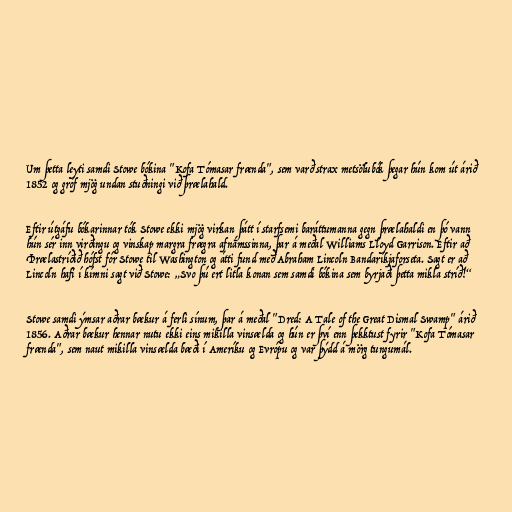
Um þetta leyti samdi Stowe bókina "Kofa Tómasar frænda", sem varð strax metsölubók þegar hún kom út árið
1852 og gróf mjög undan stuðningi við þrælahald.

Eftir útgáfu bókarinnar tók Stowe ekki mjög virkan þátt í starfsemi baráttumanna gegn þrælahaldi en þó vann
hún sér inn virðingu og vinskap margra frægra afnámssinna, þar á meðal Williams Lloyd Garrison. Eftir að
Þrælastríðið hófst fór Stowe til Washington og átti fund með Abraham Lincoln Bandaríkjaforseta. Sagt er að
Lincoln hafi í kímni sagt við Stowe: „Svo þú ert litla konan sem samdi bókina sem byrjaði þetta mikla stríð!“

Stowe samdi ýmsar aðrar bækur á ferli sínum, þar á meðal "Dred: A Tale of the Great Dismal Swamp" árið
1856. Aðrar bækur hennar nutu ekki eins mikilla vinsælda og hún er því enn þekktust fyrir "Kofa Tómasar
frænda", sem naut mikilla vinsælda bæði í Ameríku og Evrópu og var þýdd á mörg tungumál.